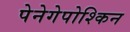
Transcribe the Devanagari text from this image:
पेनेगेपोश्किन